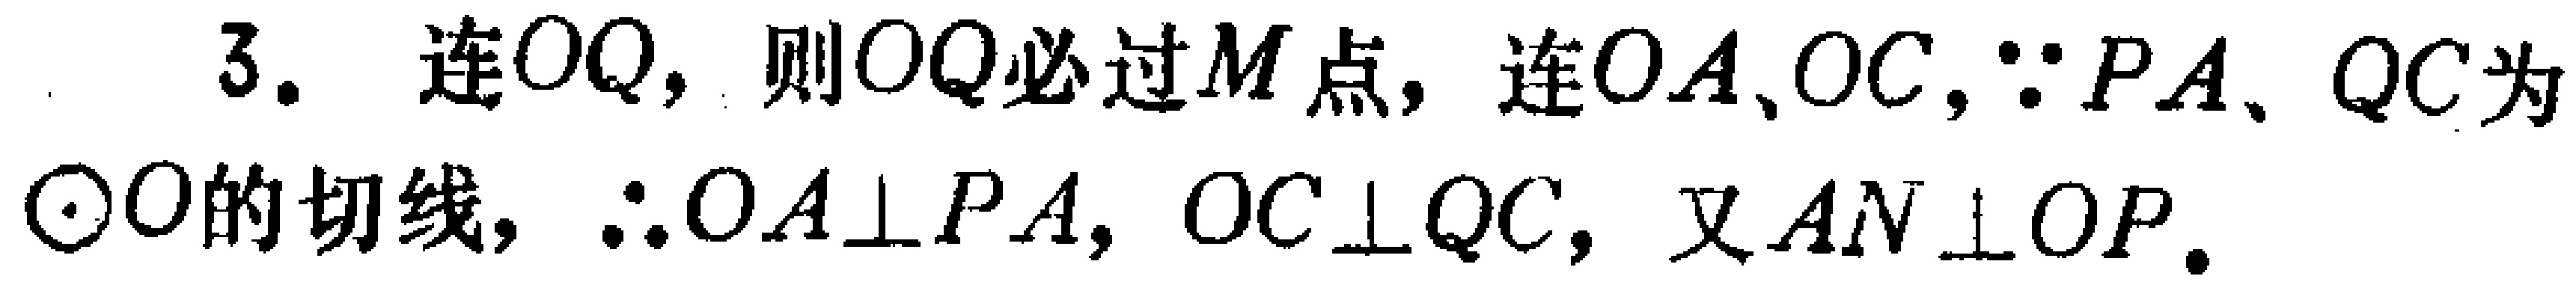
3. 连\(OQ\)，则\(OQ\)必过\(M\)点，连\(OA\)、\(OC\)，\(\because PA\)、\(QC\)为\(\odot O\)的切线，\(\therefore OA\perp PA\)，\(OC\perp QC\)，又\(AN\perp OP\)。